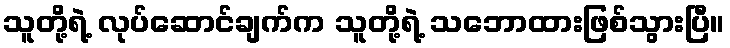
သူတို့ရဲ့ လုပ်ဆောင်ချက်က သူတို့ရဲ့ သဘောထားဖြစ်သွားပြီ။